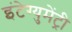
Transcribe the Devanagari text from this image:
इंटेग्युमेंट्री